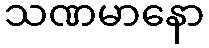
သဏမာနော